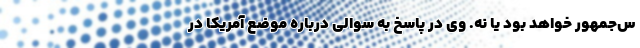
س‌جمهور خواهد بود یا نه. وی در پاسخ به سوالی درباره موضع آمریکا در